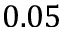
0 . 0 5